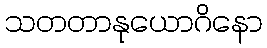
သတတာနုယောဂိနော